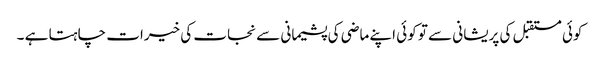
کوئی مستقبل کی پریشانی سے تو کوئی اپنے ماضی کی پشیمانی سے نجات کی خیرات چاہتا ہے ۔